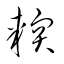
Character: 輭